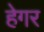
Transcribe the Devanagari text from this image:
हेगर